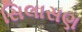
સિલાસણ